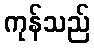
ကုန်သည်